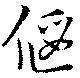
偃